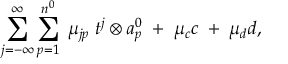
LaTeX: \sum _ { j = - \infty } ^ { \infty } \sum _ { p = 1 } ^ { n ^ { 0 } } \; \mu _ { j p } \; t ^ { j } \otimes a _ { p } ^ { 0 } \; + \; \mu _ { c } c \; + \; \mu _ { d } d ,